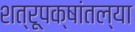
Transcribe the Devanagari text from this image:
शत्रूपक्षांतल्या